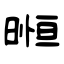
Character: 暅